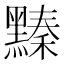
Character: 𪒆